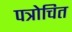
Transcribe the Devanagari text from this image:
पत्रोचित